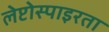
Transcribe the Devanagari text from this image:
लेप्टोस्पाइरता